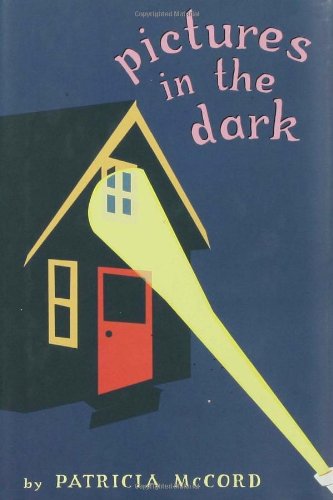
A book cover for Pictures in the Dark; Patricia McCord; Teen & Young Adult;